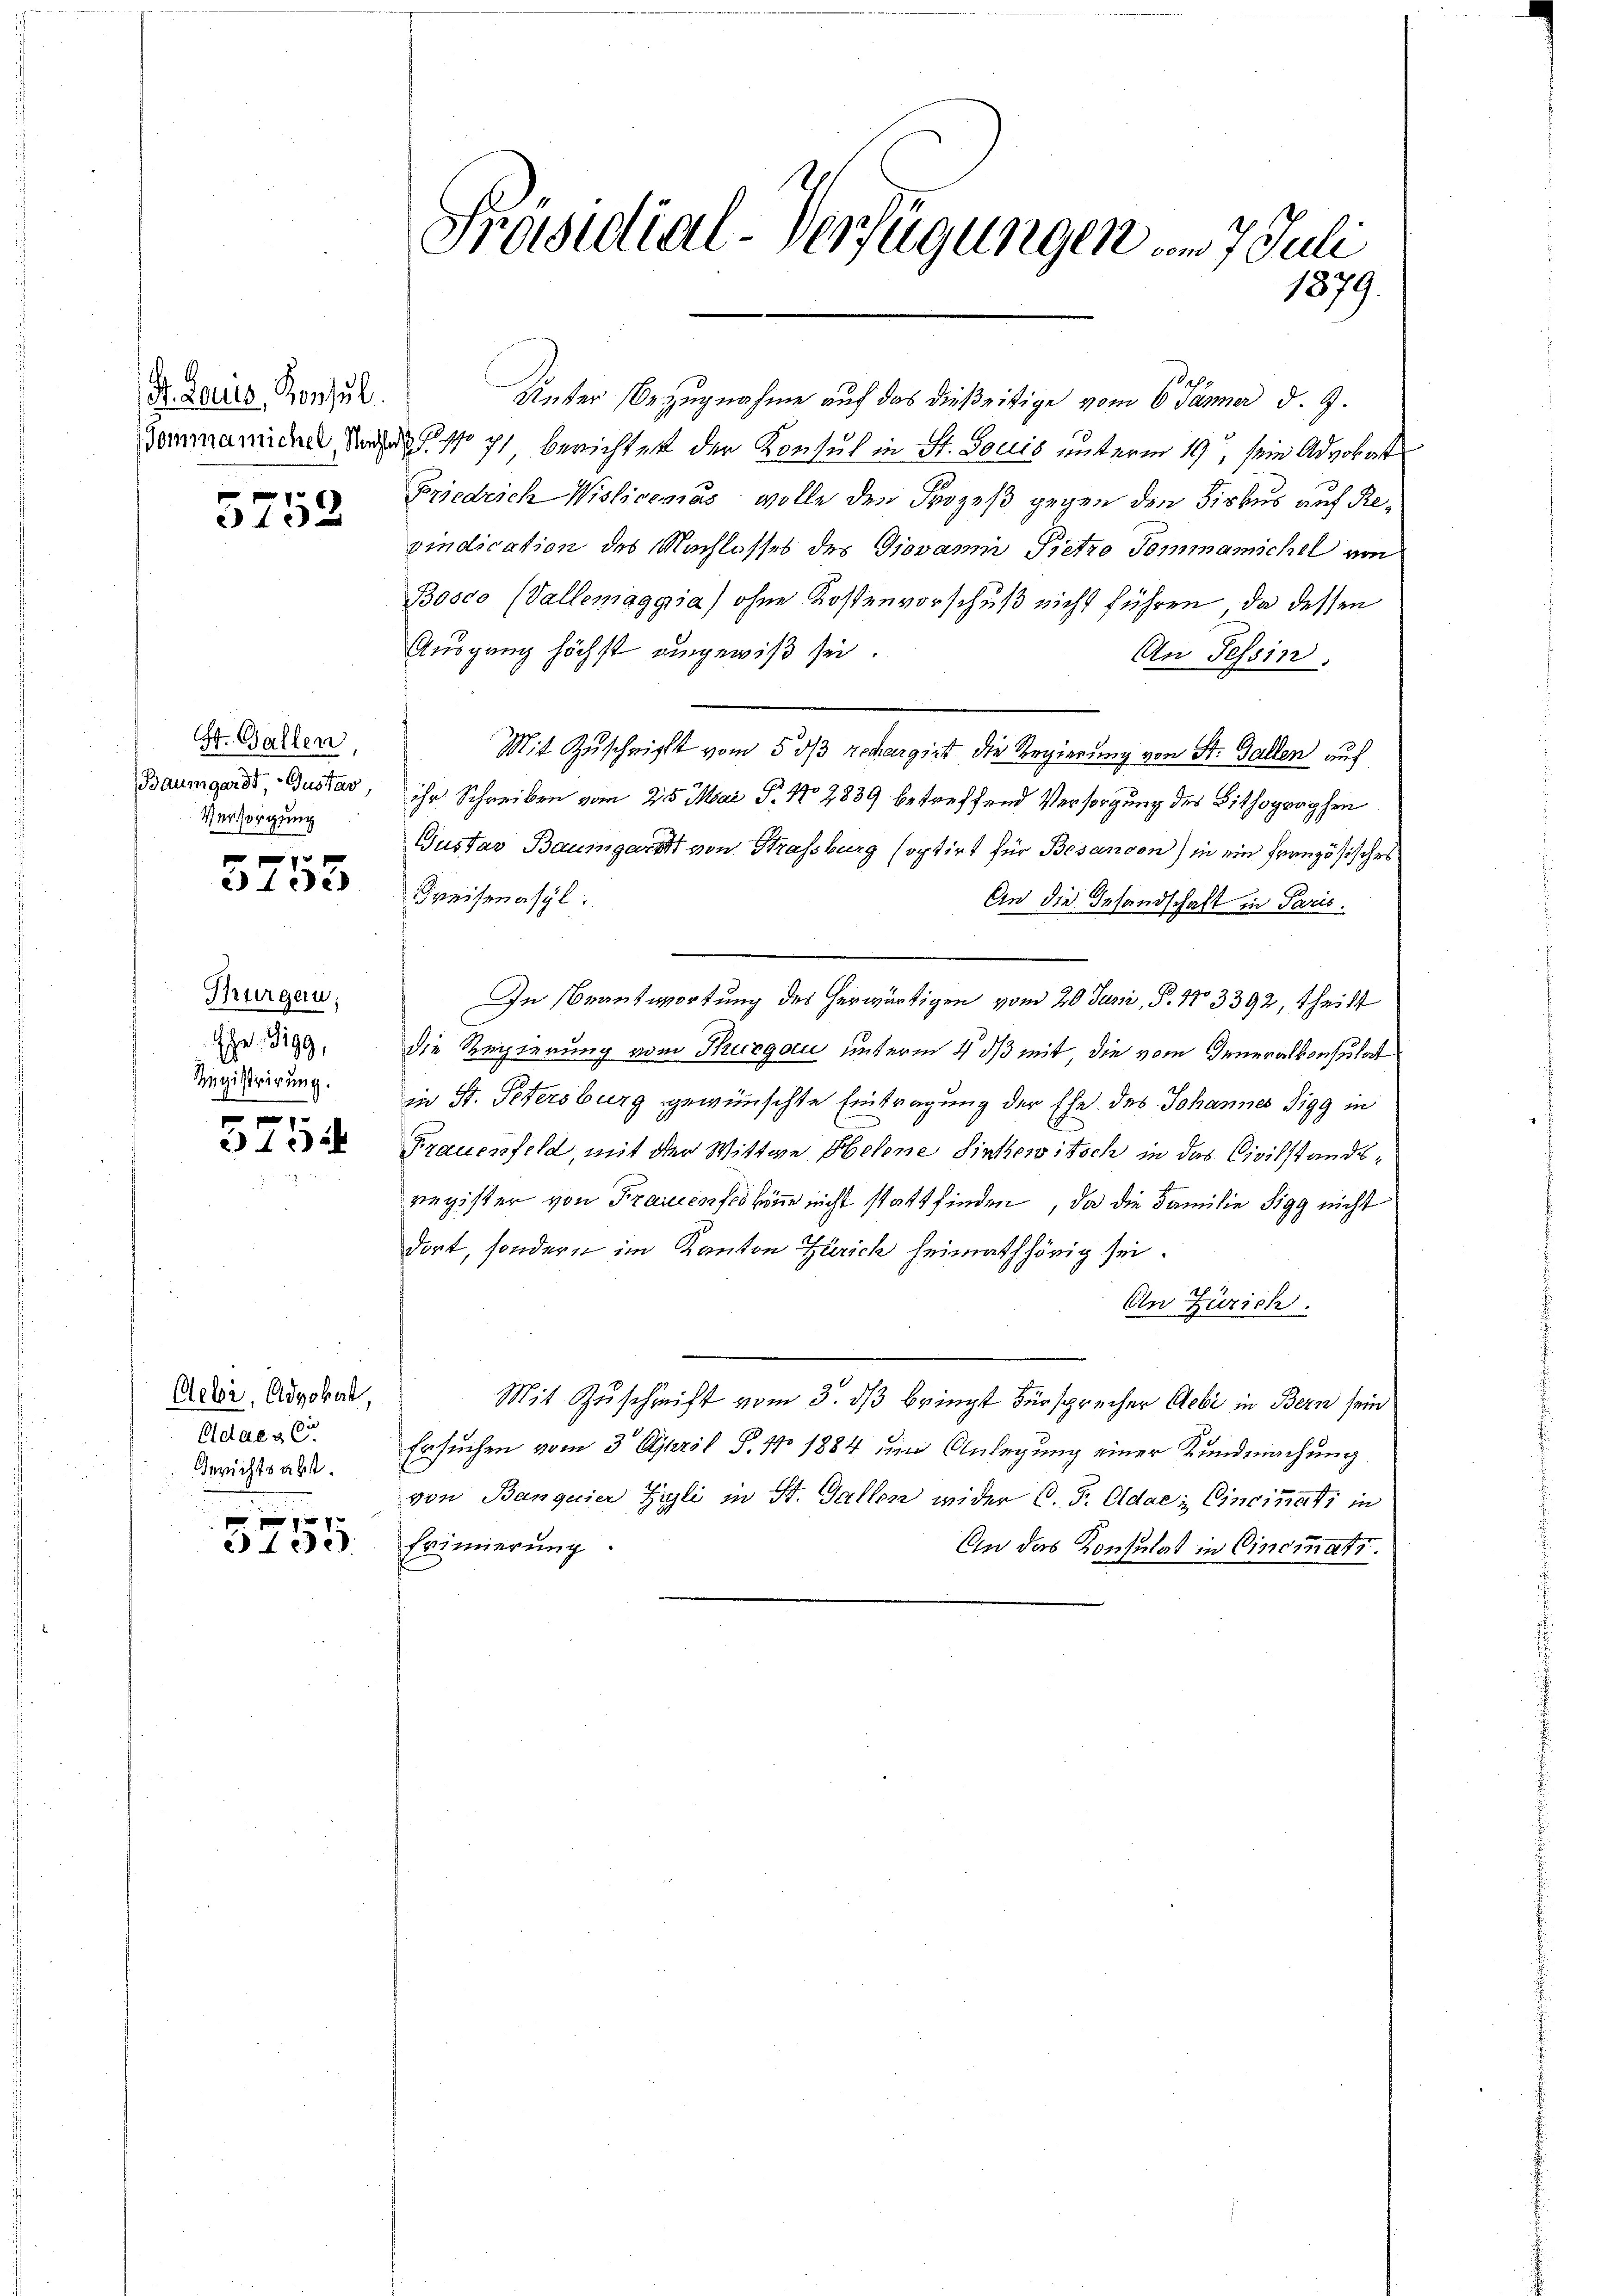
S. Laus, Konsul
Tomma michel Nachler

5752

St. Gallen,
Baumgardt, Gustav,
Versorgung

0 x
a 4 de

Thurgeru
G. 399,
Registrirung.

f xx
 xxx

Aebi, Advokat
Odae C.
Gerichts abt.

xx
e fede

Präsidial-Verfügungen um 7 Juli
1879.

th
Unter Bezugnahme auf das dießeitige vom 6. Jänner d. 9.
. No 71, berichtet der Konsul in St. Louis unterm 19t, sein Advokat
Friedrich Wislicemus wolle den Prozeß gegen den Fiskus auf Revindication des Nachlasses des Giovann Pietro Tommanischel von
Bosco (Vallemaggia) ohne Kostenvorschuß nicht führen, da dessen
Ausgang höchst angewiß sei.
An Tessin.
Mit Zuschrift vom 5. ds rechargirt die Regierung von St. Gallen auf
ihr Schreiben vom 25. Mai P. No 2839 betreffend Versorgung des Bithographen
Gustav Baumgart von Strassburg soptirt für Besandon) in ein französisches
Preisenasyl
An die Gesandschaft in Paris.
In Beantwortung des herwärtigen vom 20 Juni, P. No 3392, theilt
die Regierung vom Thurgau unterm 4. ds mit die vom Generalkonsulat
in St. Petersburg gewünschte Eintragung der Ehe des Johannes Sigg in
Frauenfeld, mit der Wittwe Helene Sinkowitsch in das Civilstandsregister von Frauenses könne nicht stattfinden, da die Familie Sigg nicht
dort, sondern im Kanton Zürich heimath hörig sei.
An Zürich.
Mit Zuschrift vom 3. ds bringt Fürsprecher Aebi in Bern sein
Ersuchen vom 3. April S. No 1884 ein Anlegung einer Kundmachung
von Banquier Fili in St. Gallen wider C. F. Odae: Cincinati in
Erinnerung.
An das Konsulat in Cincmats.